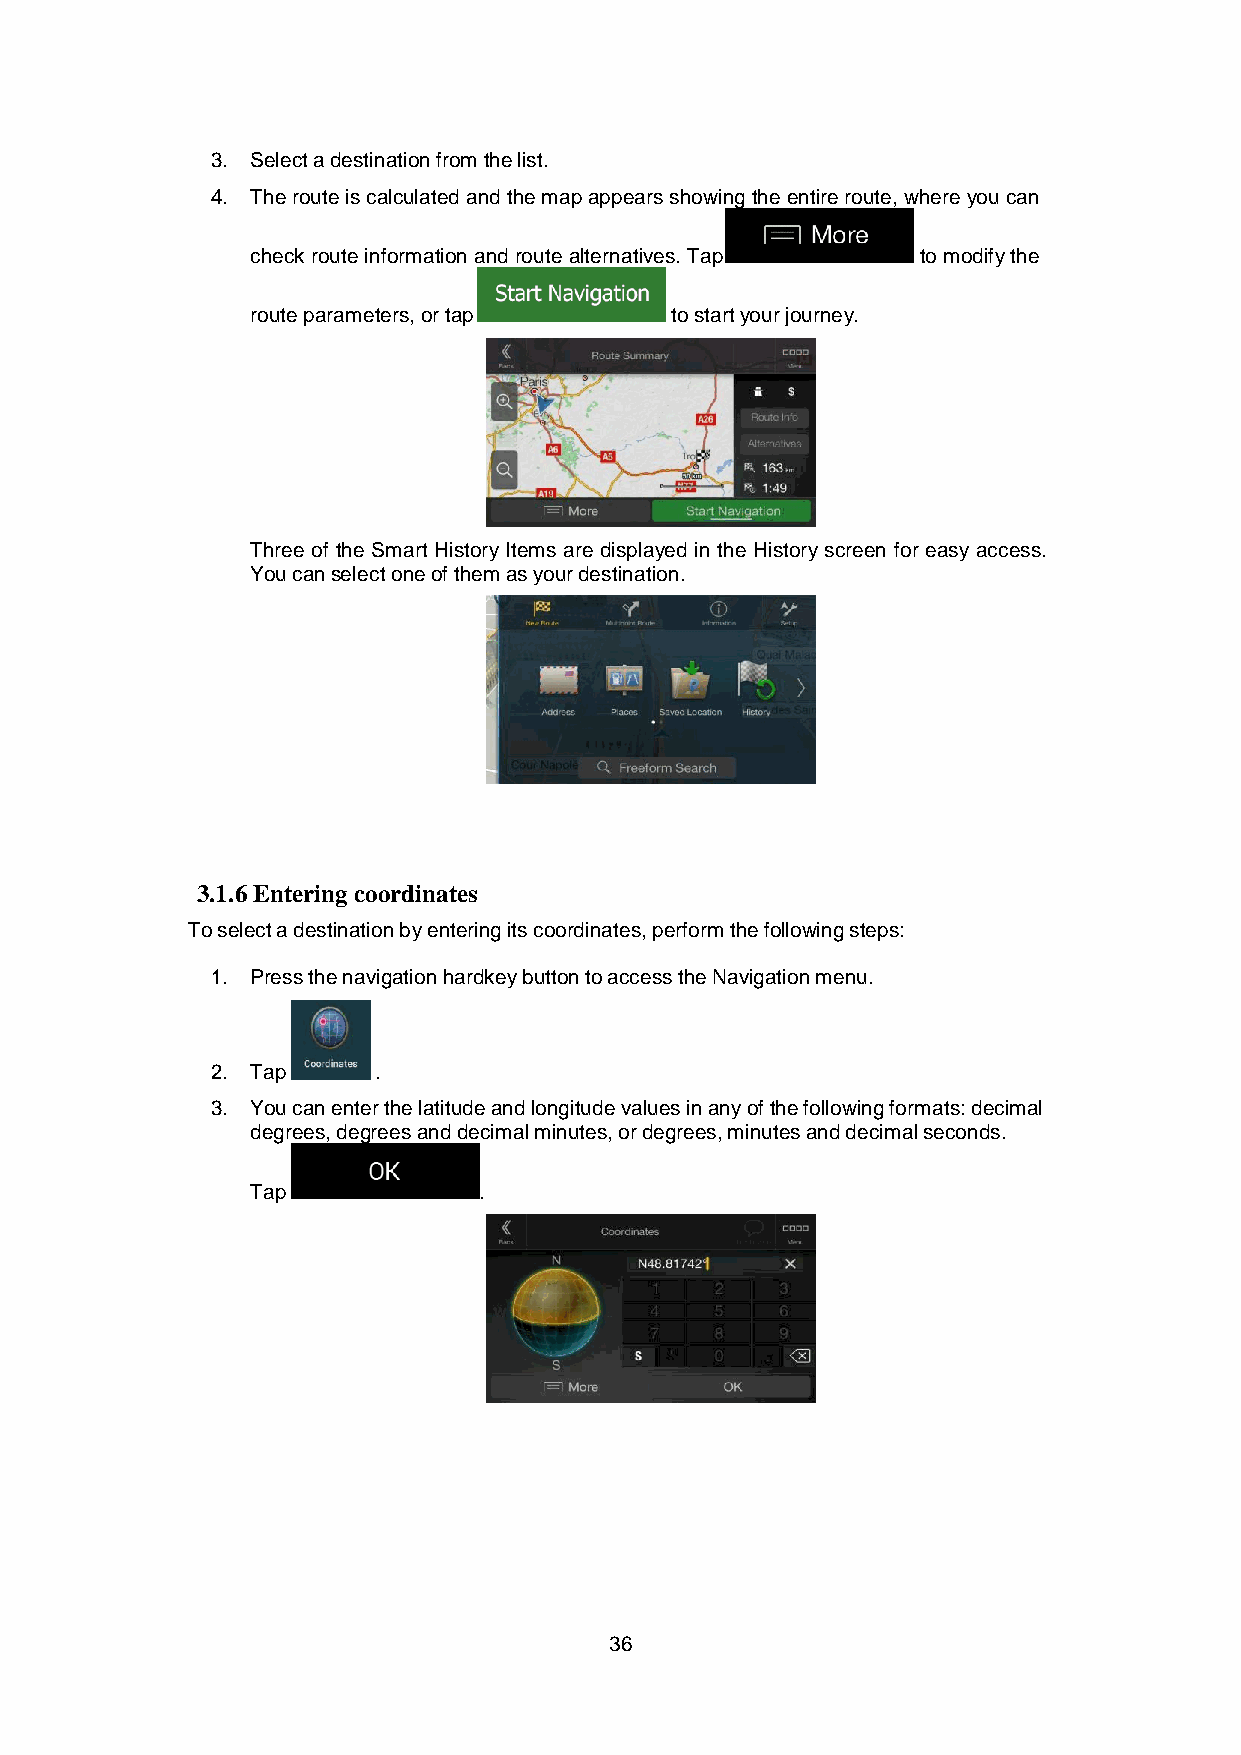
3. Select a destination from the list.
 4. The route is calculated and the map appears showing the entire route, where you can
 check route information and route alternatives. Tap to modify the
 route parameters, or tap   to start your journey.
 Three of the Smart History Items are displayed in the History screen for easy access.
 You can select one of them as your destination.
 3.1.6 Entering coordinates
 To select a destination by entering its coordinates, perform the following steps:
 1. Press the navigation hardkey button to access the Navigation menu.
 2. Tap     .
 3. You can enter the latitude and longitude values in any of the following formats: decimal
 degrees, degrees and decimal minutes, or degrees, minutes and decimal seconds.
 Tap            .
 36